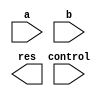
module alu(a, b, control, res);
  input [3:0] a, b; // 
  input [2:0] control; //     

  output [3:0] res; // 
  // TODO: implementation
endmodule

module d_latch(clk, d, we, q);
  input clk; //  
  input d; //     
  input we; //     

  output reg q; //  
  //     0
  initial begin
    q <= 0;
  end
  //        
  always @ (negedge clk) begin
    if (we) begin
      q <= d;
    end
  end
endmodule

module register_file(clk, rd_addr, we_addr, we_data, rd_data);
  input clk; //  
  input [1:0] rd_addr, we_addr; //      
  input [3:0] we_data; //      

  output [3:0] rd_data; // ,       
  // TODO: implementation
endmodule

module calculator(clk, rd_addr, immediate, we_addr, control, rd_data);
  input clk; //  
  input [1:0] rd_addr; //  ,      
  input [3:0] immediate; //  ,   
  input [1:0] we_addr; //  ,     
  input [2:0] control; //     

  output [3:0] rd_data; //    c  'rd_addr',   
  // TODO: implementation
endmodule